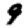
Digit: 9